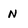
Character: N